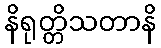
နိရုတ္တိသတာနိ